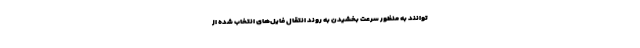
توانند به منظور سرعت بخشیدن به روند انتقال فایل‌های انتخاب شده از